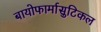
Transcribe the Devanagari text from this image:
बायोफार्मासुटिकल